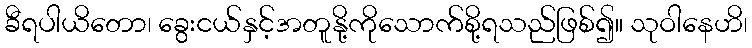
ခီရပါယိတော၊ ခွေးငယ်နှင့်အတူနို့ကိုသောက်စို့ရသည်ဖြစ်၍။ သုဝါနေဟိ၊